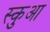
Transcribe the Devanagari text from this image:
स्कुआ